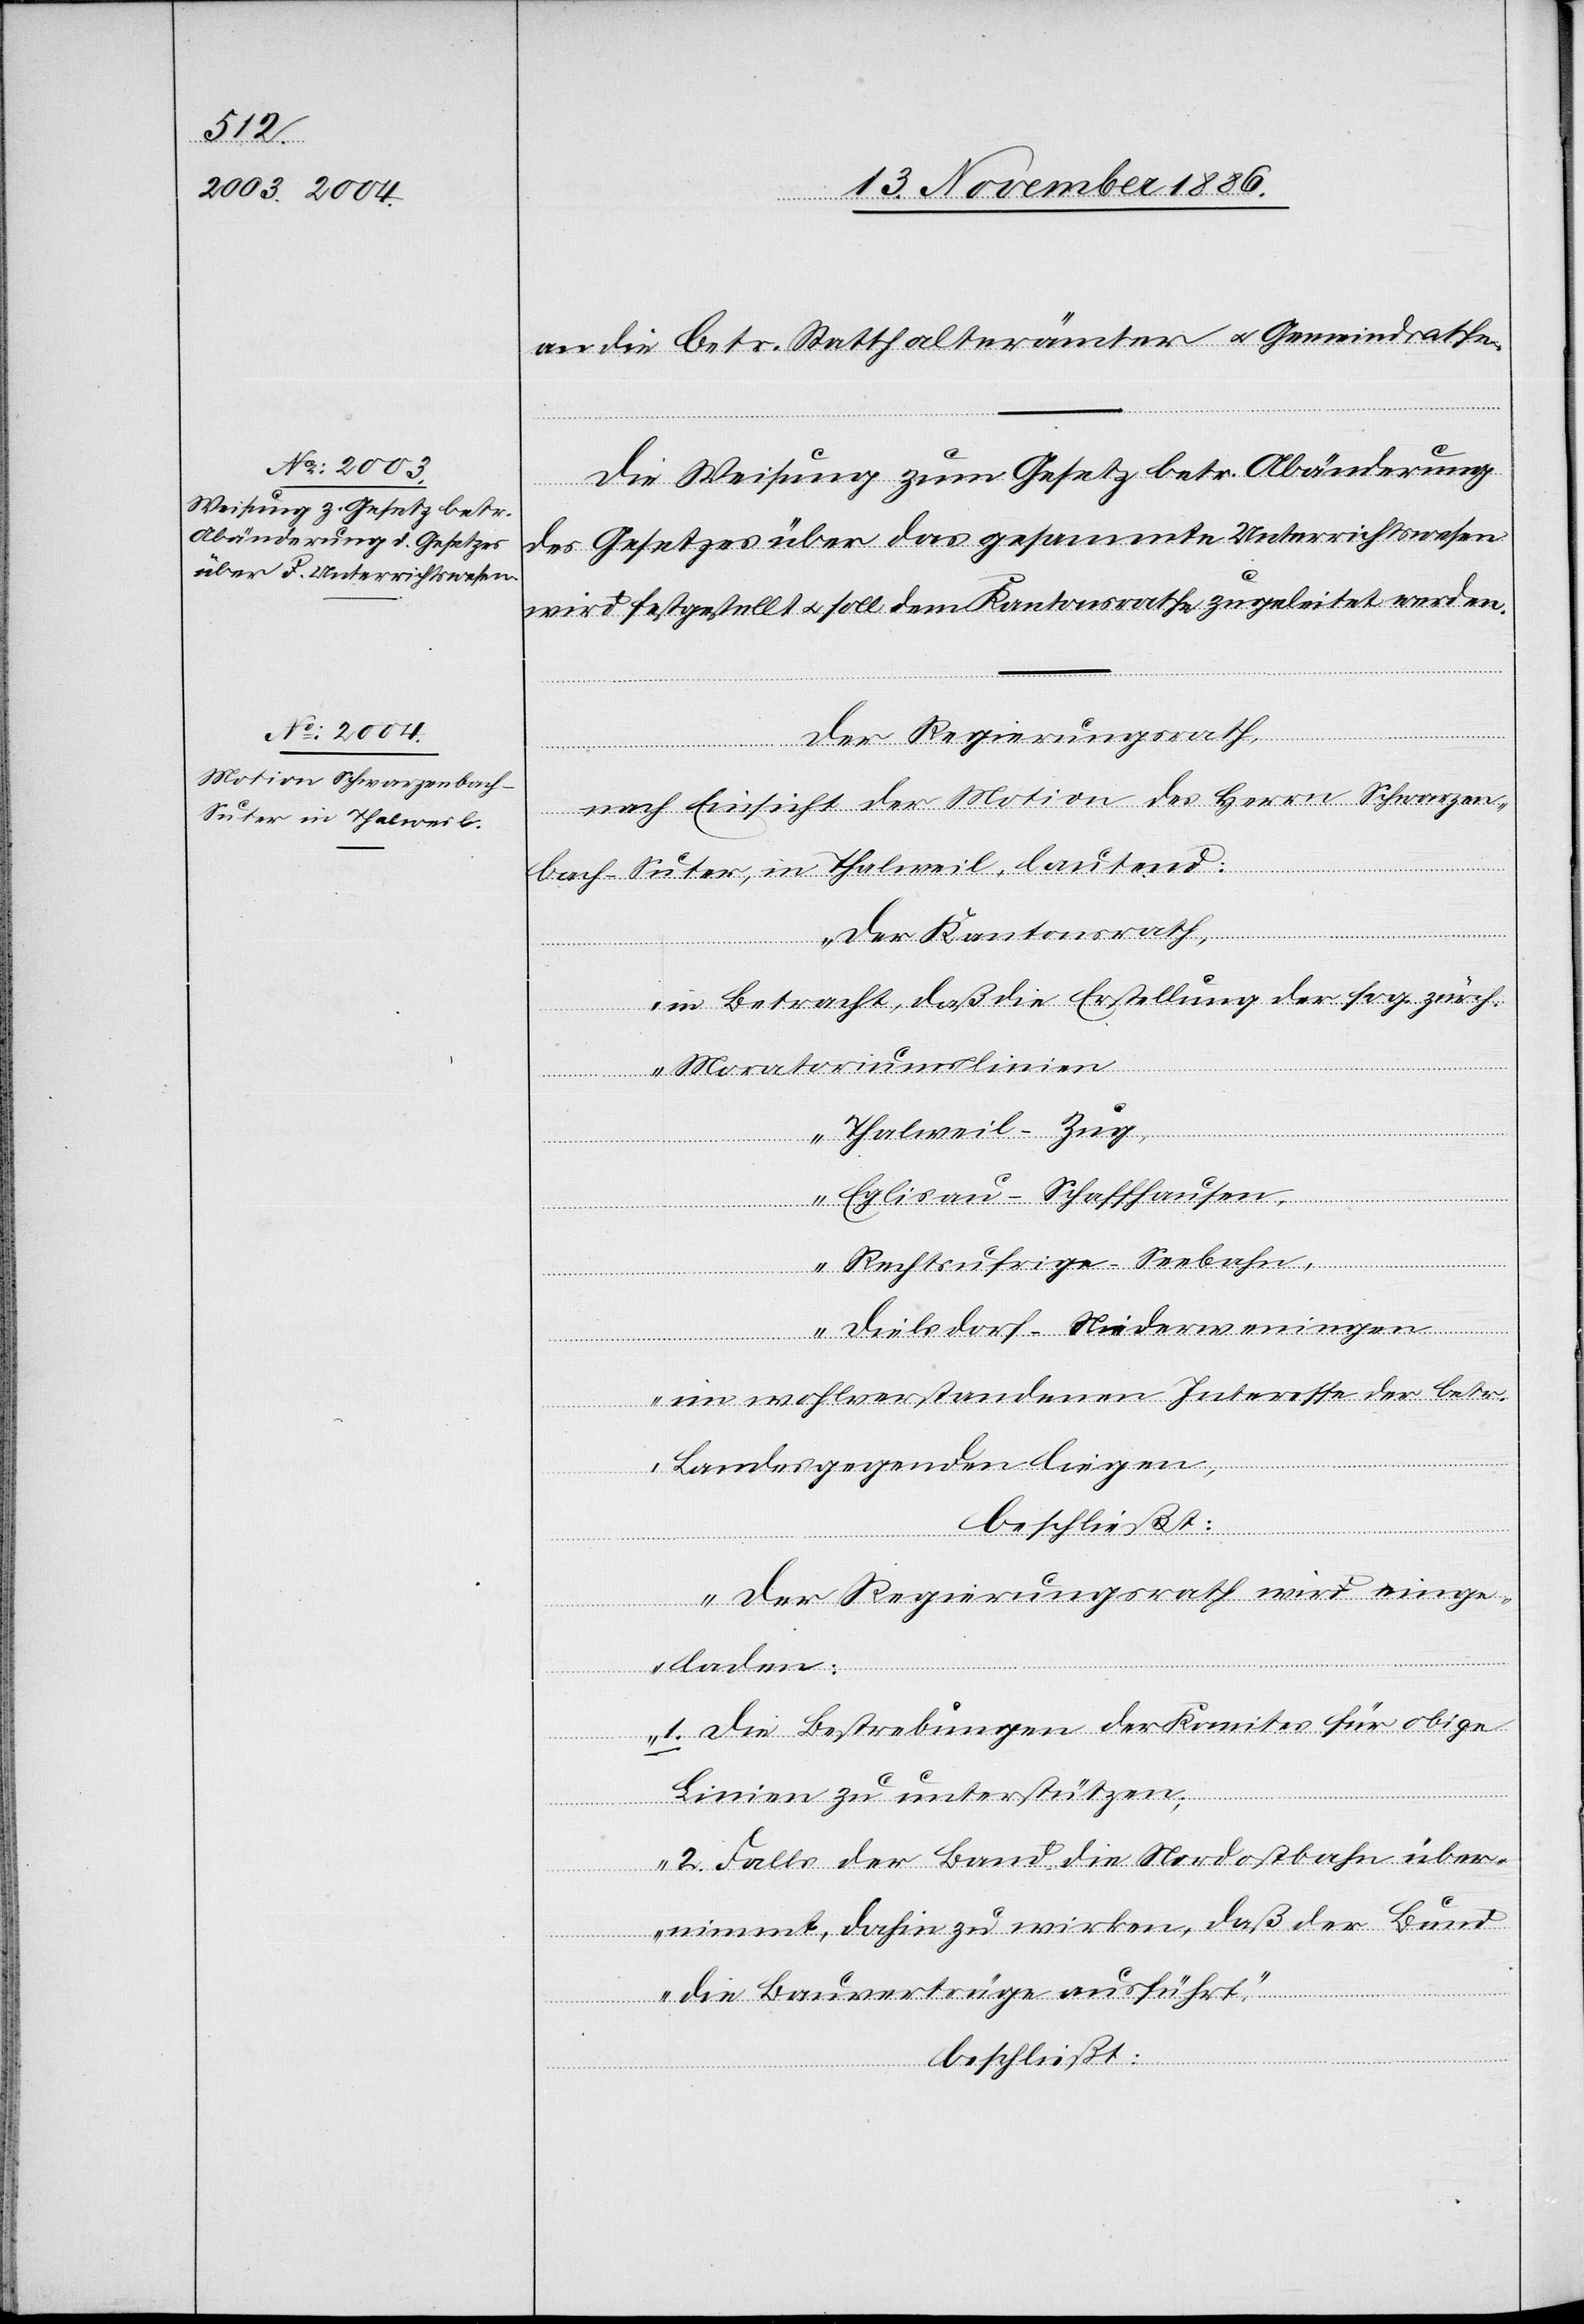
2.

an die betr. Statthalterämter & Gemeindrathe
Die Weisung zum Gesetz betr. Abänderung
übe¬
des Gesetzes über das gesammte Unterrichtswesen
wird festgestellt & soll dem Kantonsrathe zugeleitet werden.
Der Regierungsrath,
nach Einsicht der Motion des Herrn Schwarzen¬
bach-Suter, in Thalweil, lautend:
„Der Kantonsrath,
in Betracht, daß die Erstellung der sog. zürch.
die
Moratoriumslinien
Thalweil–Zug,
Eglisau–Schaffhausen,
Rechtsufrige-Seebahn,
Dielsdorf–Niederweningen
im wohlverstandenen Interesse der betr.
Landesgegenden liegen,
beschließt:
Der Regierungsrath wird einge¬
[recte:
laden:
1. Die Bestrebungen der Komites für obige
Linien zu unterstützen;
rnimmt, dahin zu wirken, daß der Bund
die Bauverträge ausführt.“
beschließt: